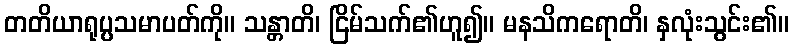
တတိယာရုပ္ပသမာပတ်ကို။ သန္တာတိ၊ ငြိမ်သက်၏ဟူ၍။ မနသိကရောတိ၊ နှလုံးသွင်း၏။